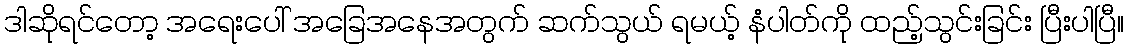
ဒါဆိုရင်တော့ အရေးပေါ် အခြေအနေအတွက် ဆက်သွယ် ရမယ့် နံပါတ်ကို ထည့်သွင်းခြင်း ပြီးပါပြီ။